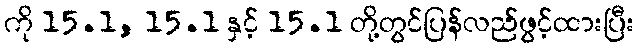
ကို 15.1, 15.1 နှင့် 15.1 တို့တွင်ပြန်လည်ဖွင့်ထားပြီး